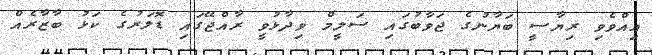
އިއްވެވި ރިޔާސީ ބަޔާނުގެ ޖަވާބުގައި ސަލީމް ވިދާޅުވީ ރާއްޖޭގައި ޑޮލަރުގެ ކަޅު ބާޒާރެއް